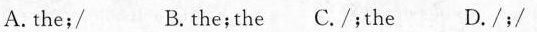
A. the;/ B. the;the C./;the D./;/